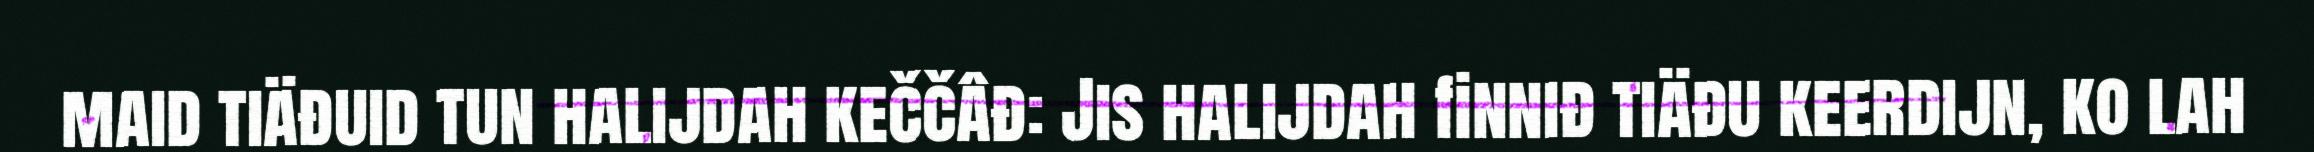
maid tiäđuid tun halijdah keččâđ: Jis halijdah finniđ tiäđu keerdijn, ko lah